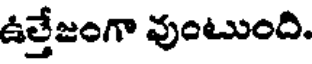
ఉత్తేజంగా వుంటుంది.